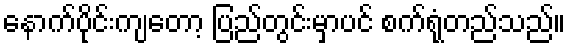
နောက်ပိုင်းကျတော့ ပြည်တွင်းမှာပင် စက်ရုံတည်သည်။